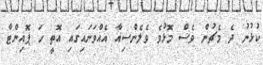
ކުޅުނު ދެ މެޗުން ވެސް މޮޅުވެ ވެލެންސިއާ އެއްވަނައިގައި އޮތީ ހަ ޕޮއިންޓާ